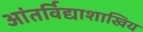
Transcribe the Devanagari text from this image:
आंतर्विद्याशाखिय